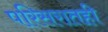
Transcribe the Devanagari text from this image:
परिसरातही